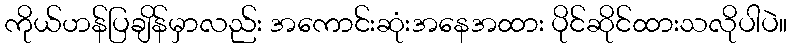
ကိုယ်ဟန်ပြချိန်မှာလည်း အကောင်းဆုံးအနေအထား ပိုင်ဆိုင်ထားသလိုပါပဲ။